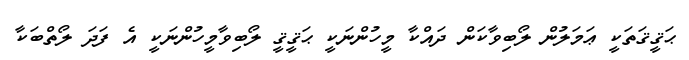
ޙަޤީޤަތަކީ ޢަމަލުން ލޯބިވާކަން ދައްކާ މީހުންނަކީ ޙަޤީޤީ ލޯބިވާމީހުންނަކީ އެ ފަދަ ލޯތްބަކާ